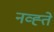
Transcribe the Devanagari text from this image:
नव्ह्ते